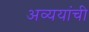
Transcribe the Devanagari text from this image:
अव्ययांची